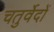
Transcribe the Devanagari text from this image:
चतुर्वेदों